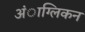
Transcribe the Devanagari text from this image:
अंाग्लिकन